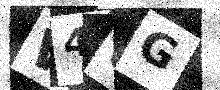
Text: W4UG